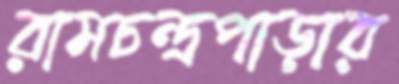
রামচন্দ্রপাড়ার